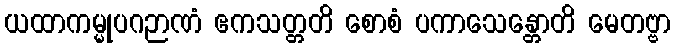
ယထာကမ္မုပဂဉာဏံ ဧကသတ္တတိ စောစံ ပကာသေန္တောတိ မေတဗ္ဗာ